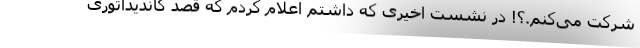
شرکت می‌کنم.؟! در نشست اخیری که داشتم اعلام کردم که قصد کاندیداتوری